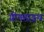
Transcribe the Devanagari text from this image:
ग्रीनहाइथ